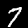
Label: 7